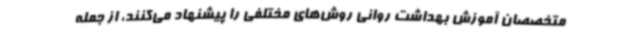
متخصصان آموزش بهداشت روانی روش‌های مختلفی را پیشنهاد می‌کنند، از جمله